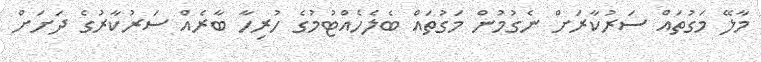
މާލޭ މަގުތައް ސަރުކާރަށް ނެގުމުން މަގުތައް ބެލެހެއްޓުމުގެ ހުރިހާ ބާރެއް ސަރުކާރުގެ ދަށަށް